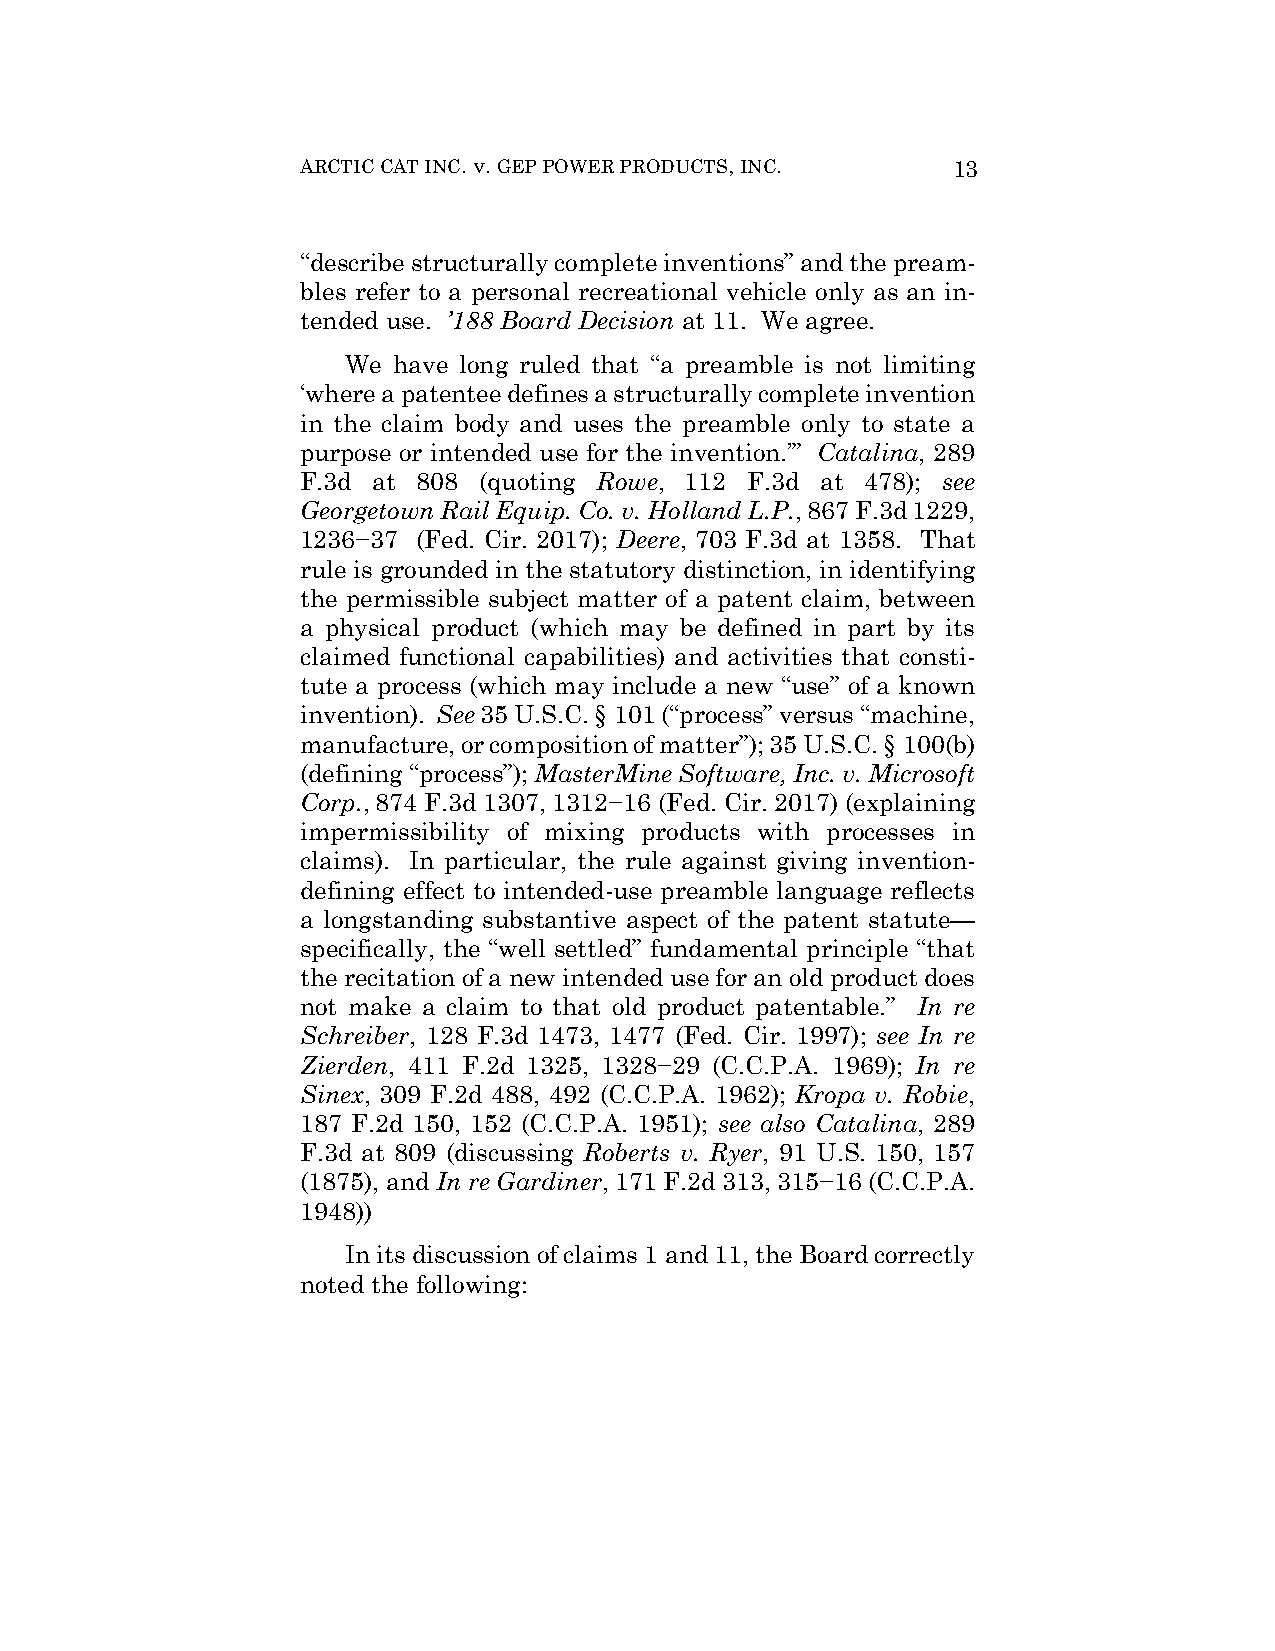
ARCTIC CAT INC. v. GEP POWER PRODUCTS, INC. 13
 “describe structurally complete inventions” and the pream-
 bles refer to a personal recreational vehicle only as an in-
 tended use. ’188 Board Decision at 11. We agree.
 We have long ruled that “a preamble is not limiting
 ‘where a patentee defines a structurally complete invention
 in the claim body and uses the preamble only to state a
 purpose or intended use for the invention.’” Catalina, 289
 F.3d at 808 (quoting Rowe, 112 F.3d at 478); see
 Georgetown Rail Equip. Co. v. Holland L.P., 867 F.3d 1229,
 1236−37 (Fed. Cir. 2017); Deere, 703 F.3d at 1358. That
 rule is grounded in the statutory distinction, in identifying
 the permissible subject matter of a patent claim, between
 a physical product (which may be defined in part by its
 claimed functional capabilities) and activities that consti-
 tute a process (which may include a new “use” of a known
 invention). See 35 U.S.C. § 101 (“process” versus “machine,
 manufacture, or composition of matter”); 35 U.S.C. § 100(b)
 (defining “process”); MasterMine Software, Inc. v. Microsoft
 Corp., 874 F.3d 1307, 1312−16 (Fed. Cir. 2017) (explaining
 impermissibility of mixing products with processes in
 claims). In particular, the rule against giving invention-
 defining effect to intended-use preamble language reflects
 a longstanding substantive aspect of the patent statute—
 specifically, the “well settled” fundamental principle “that
 the recitation of a new intended use for an old product does
 not make a claim to that old product patentable.” In re
 Schreiber, 128 F.3d 1473, 1477 (Fed. Cir. 1997); see In re
 Zierden, 411 F.2d 1325, 1328−29 (C.C.P.A. 1969); In re
 Sinex, 309 F.2d 488, 492 (C.C.P.A. 1962); Kropa v. Robie,
 187 F.2d 150, 152 (C.C.P.A. 1951); see also Catalina, 289
 F.3d at 809 (discussing Roberts v. Ryer, 91 U.S. 150, 157
 (1875), and In re Gardiner, 171 F.2d 313, 315−16 (C.C.P.A.
 1948))
 In its discussion of claims 1 and 11, the Board correctly
 noted the following: